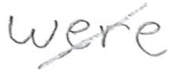
Text: were
Cross-out: mix
Writing tool: pencil